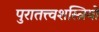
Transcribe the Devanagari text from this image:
पुरातत्त्वशस्त्रियों